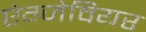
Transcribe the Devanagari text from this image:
ऐग्जेवियर